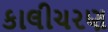
કાલીચરણ